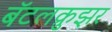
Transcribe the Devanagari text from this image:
बॅटलक्रुझर